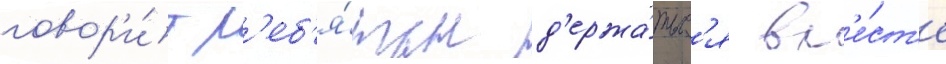
говор'и́т р'еб'я́там д'ержа́тьс'я вм'е́ст'е